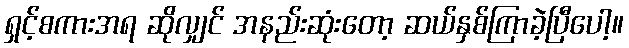
ရှင့်စကားအရ ဆိုလျှင် အနည်းဆုံးတော့ ဆယ်နှစ်ကြာခဲ့ပြီပေါ့။